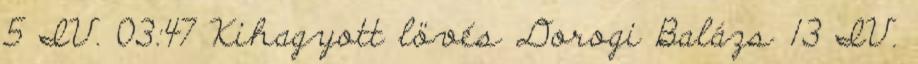
5 IV. 03:47 Kihagyott lövés Dorogi Balázs 13 IV.